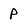
Character: p